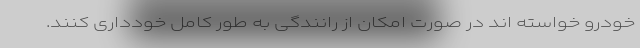
خودرو خواسته اند در صورت امکان از رانندگی به طور کامل خودداری کنند.